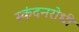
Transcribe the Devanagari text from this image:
स्कंदनरोधी